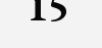
15